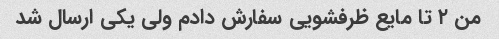
من ۲ تا مایع ظرفشویی سفارش دادم ولی یکی ارسال شد